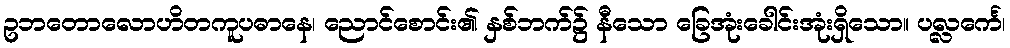
ဥဘတောလောဟိတကူပဓာနေ၊ ညောင်စောင်း၏ နှစ်ဘက်၌ နီသော ခြေအုံးခေါင်းအုံးရှိသော။ ပလ္လင်္ကေ၊